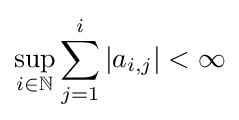
\sup _{i\in \mathbb {N} }\sum _{j=1}^{i}\vert a_{i,j}\vert <\infty